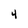
Character: 4